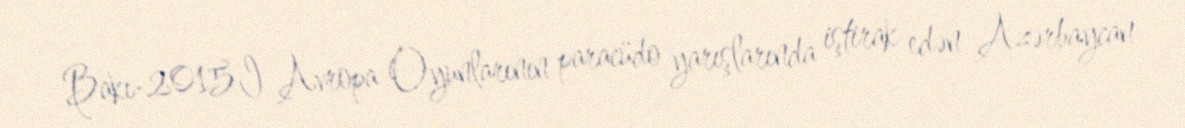
Bakı-2015 I Avropa Oyunlarının paracüdo yarışlarında iştirak edən Azərbaycan